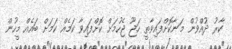
ކާރު ދުއްވުން މަނާކޮށްފައިވާތީ ހަޖޫ ޖެހުމަށް ކޮށްފައިވާ ކަމެއް ކަމަށް ބައެއް މީހުން